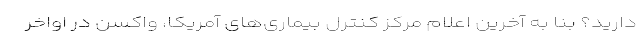
دارید؟ بنا به آخرین اعلام مرکز کنترل بیماری‌های آمریکا، واکسن در اواخر